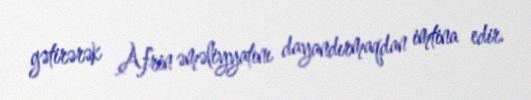
gətirərək Afrin əməliyyatını dayandırmaqdan imtina edir.